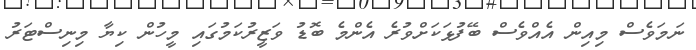
ނަމަވެސް މިއިން އެއްވެސް ބޭފުޅަކަށްވުރެ އެންމެ ބޮޑު ވަޒީރުކަމުގައި މީހުން ކިޔާ މިނިސްޓަރު